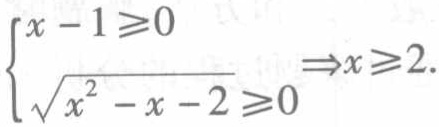
$\left\{\begin{array}{l}

x - 1\geqslant0\\

\sqrt{x^{2}-x - 2}\geqslant0

\end{array}\right. \Rightarrow x\geqslant2.$